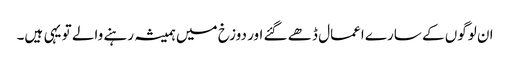
ان لوگوں کے سارے اعمال ڈھے گئے اور دوزخ میں ہمیشہ رہنے والے تو یہی ہیں۔